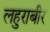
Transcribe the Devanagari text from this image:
लहुराबीर